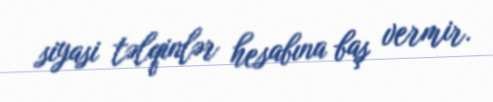
siyasi təlqinlər hesabına baş vermir.